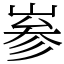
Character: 㟥